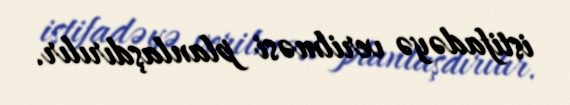
istifadəyə verilməsi planlaşdırılır.